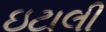
ઇટાલી